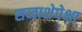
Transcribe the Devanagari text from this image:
सव्‍वाशेपेक्षा